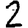
Digit: 2